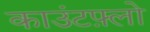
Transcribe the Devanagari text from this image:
काउंटफ़्लो